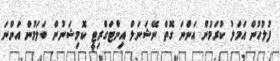
ފުލުހުން އަމަލު ކުރަމުން އަންނަ ގޮތް ނޭޝަނަލް އިންޓަގްރިޓީ ކޮމިޝަނުން ބަލަމުން އަންނަ